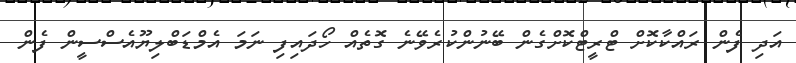
އަދި ފެން ރައްކާކޮށް ޓްރީޓްކޮށްގެން ބޭނުންކުރެވޭނެ ގޮތެއް ހޯދައިފި ނަމަ އެމްޑަބްލިޔޫއެސްސީން ފެން